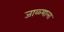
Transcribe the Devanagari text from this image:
जाळ्याला